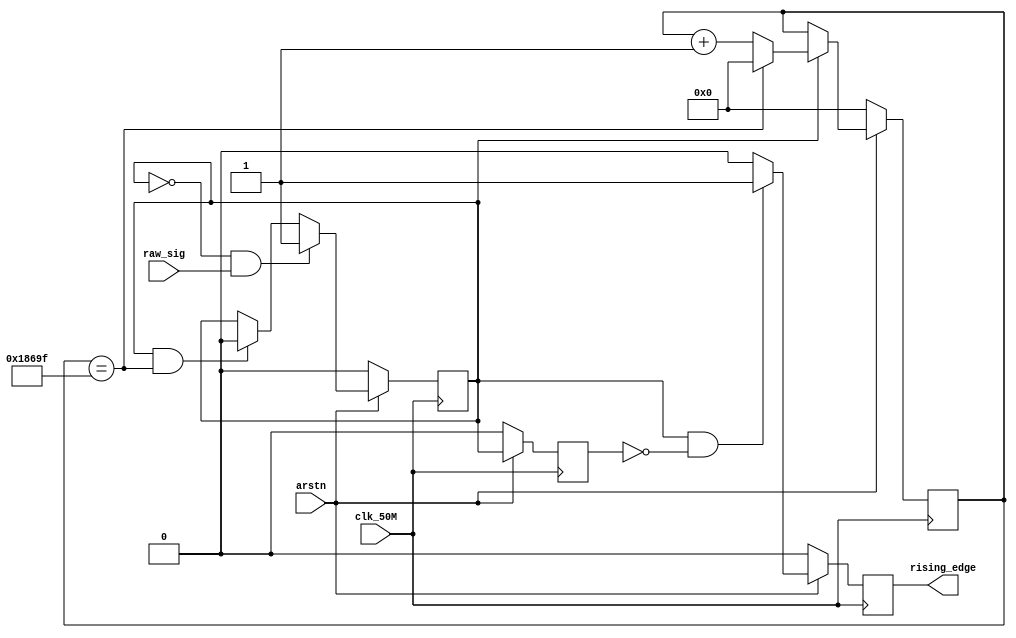
`timescale 1ns / 1ps
//////////////////////////////////////////////////////////////////////////////////
// Company: 
// Engineer: 
// 
// Design Name: 
// Module Name: rising_edge_ms
// Project Name: 
// Target Devices: 
// Tool Versions: 
// Description: 
// 
// Dependencies: 
// 
// Revision:
// Revision 0.01 - File Created
// Additional Comments:
// 
//////////////////////////////////////////////////////////////////////////////////


module rising_edge_ms(
    input wire raw_sig,
    input wire clk_50M,
    input wire arstn,
    output wire rising_edge
    );
    
    reg [16:0] clk_counter;
    wire clk_max = (clk_counter == 17'd99999);

    reg active;
    reg redge;
    reg abuf;
    assign rising_edge = redge;

    // clock counter    
    always @( posedge clk_50M ) begin
        if ( arstn == 1'b0 )
            clk_counter <= 17'b0;
        else if (active) begin
            if (clk_max) begin
                clk_counter <= 1'b0;
            end
            else
                clk_counter <= clk_counter + 17'b1;
        end 
    end
    
    // activate
    always @( posedge clk_50M ) begin
        if ( arstn == 1'b0 )
            active <= 1'b0;
        else if ( ~active & raw_sig )
            active <= 1'b1;
        else if ( active & clk_max )
            active <= 1'b0;
    end
    
    always @ ( posedge clk_50M ) begin
        if ( arstn == 1'b0 ) begin
            abuf <= 0;
        end else
            abuf <= active;
    end
    
    // rising edge
    always @( posedge clk_50M ) begin
        if ( arstn == 1'b0 ) begin
            redge <= 0;
            
        end else if ( active & ~abuf )
            redge <= 1;
        else
            redge <= 0;
    end
endmodule